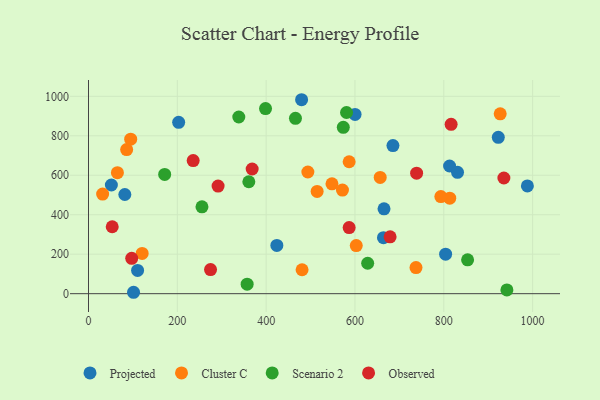
{"axis": {"x": "Distance", "y": "Salary"}, "legend": ["Cluster C", "Observed", "Projected", "Scenario 2"], "data": [{"x": "479.8", "y": 982.7, "type": "Projected"}, {"x": "600.2", "y": 908.1, "type": "Projected"}, {"x": "81.8", "y": 502.6, "type": "Projected"}, {"x": "922.7", "y": 792.2, "type": "Projected"}, {"x": "813.0", "y": 646.8, "type": "Projected"}, {"x": "804.1", "y": 199.9, "type": "Projected"}, {"x": "830.9", "y": 615.0, "type": "Projected"}, {"x": "203.0", "y": 868.3, "type": "Projected"}, {"x": "988.2", "y": 545.7, "type": "Projected"}, {"x": "685.5", "y": 750.4, "type": "Projected"}, {"x": "101.4", "y": 7.1, "type": "Projected"}, {"x": "51.5", "y": 550.6, "type": "Projected"}, {"x": "665.4", "y": 429.9, "type": "Projected"}, {"x": "424.1", "y": 244.3, "type": "Projected"}, {"x": "110.5", "y": 117.6, "type": "Projected"}, {"x": "664.2", "y": 283.9, "type": "Projected"}, {"x": "85.9", "y": 730.0, "type": "Cluster C"}, {"x": "927.0", "y": 911.5, "type": "Cluster C"}, {"x": "120.8", "y": 203.9, "type": "Cluster C"}, {"x": "95.0", "y": 782.8, "type": "Cluster C"}, {"x": "813.4", "y": 484.0, "type": "Cluster C"}, {"x": "571.8", "y": 525.1, "type": "Cluster C"}, {"x": "548.2", "y": 556.7, "type": "Cluster C"}, {"x": "656.8", "y": 589.0, "type": "Cluster C"}, {"x": "31.8", "y": 504.8, "type": "Cluster C"}, {"x": "737.4", "y": 132.0, "type": "Cluster C"}, {"x": "793.4", "y": 491.9, "type": "Cluster C"}, {"x": "493.9", "y": 616.6, "type": "Cluster C"}, {"x": "65.1", "y": 613.1, "type": "Cluster C"}, {"x": "514.8", "y": 518.2, "type": "Cluster C"}, {"x": "480.9", "y": 121.2, "type": "Cluster C"}, {"x": "586.9", "y": 668.5, "type": "Cluster C"}, {"x": "602.9", "y": 243.8, "type": "Cluster C"}, {"x": "942.1", "y": 19.0, "type": "Scenario 2"}, {"x": "171.5", "y": 604.2, "type": "Scenario 2"}, {"x": "398.6", "y": 938.1, "type": "Scenario 2"}, {"x": "338.4", "y": 895.2, "type": "Scenario 2"}, {"x": "255.5", "y": 440.2, "type": "Scenario 2"}, {"x": "853.6", "y": 171.4, "type": "Scenario 2"}, {"x": "573.7", "y": 843.1, "type": "Scenario 2"}, {"x": "361.0", "y": 567.2, "type": "Scenario 2"}, {"x": "628.6", "y": 154.2, "type": "Scenario 2"}, {"x": "581.0", "y": 917.9, "type": "Scenario 2"}, {"x": "357.2", "y": 48.0, "type": "Scenario 2"}, {"x": "466.0", "y": 888.5, "type": "Scenario 2"}, {"x": "274.8", "y": 122.1, "type": "Observed"}, {"x": "679.1", "y": 288.3, "type": "Observed"}, {"x": "738.8", "y": 610.7, "type": "Observed"}, {"x": "53.4", "y": 339.1, "type": "Observed"}, {"x": "935.3", "y": 586.0, "type": "Observed"}, {"x": "368.5", "y": 631.6, "type": "Observed"}, {"x": "586.9", "y": 334.9, "type": "Observed"}, {"x": "97.3", "y": 179.2, "type": "Observed"}, {"x": "235.7", "y": 674.3, "type": "Observed"}, {"x": "816.5", "y": 858.1, "type": "Observed"}, {"x": "291.8", "y": 545.1, "type": "Observed"}]}